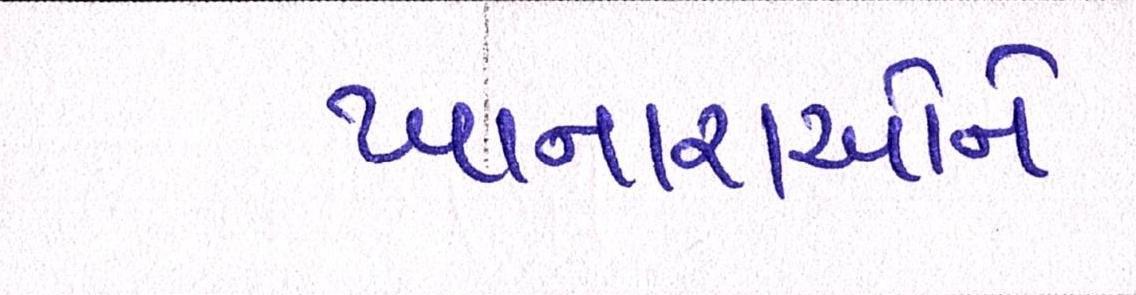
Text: ખાનારાઓને